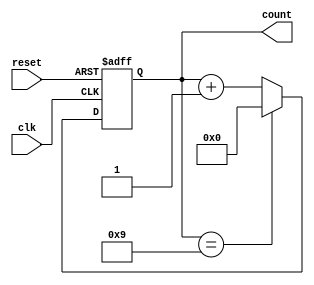
module decade_counter (
    input wire clk,       // Clock input
    input wire reset,     // Asynchronous reset input
    output reg [3:0] count // 4-bit output for the counter
);

// Asynchronous counter using T flip-flops
always @(posedge clk or posedge reset) begin
    if (reset) begin
        // Reset the counter to 0
        count <= 4'b0000;
    end else begin
        // Count logic: increment the counter on clock pulse
        if (count == 4'd9) begin
            count <= 4'b0000; // Reset the count to 0 after reaching 9
        end else begin
            count <= count + 1; // Increment the count
        end
    end
end

endmodule